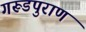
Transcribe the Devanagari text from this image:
गरूडपुराण